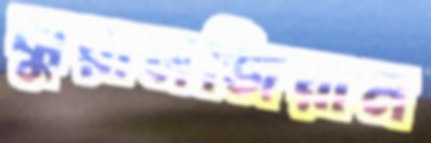
ঝুয়ানজিয়ান